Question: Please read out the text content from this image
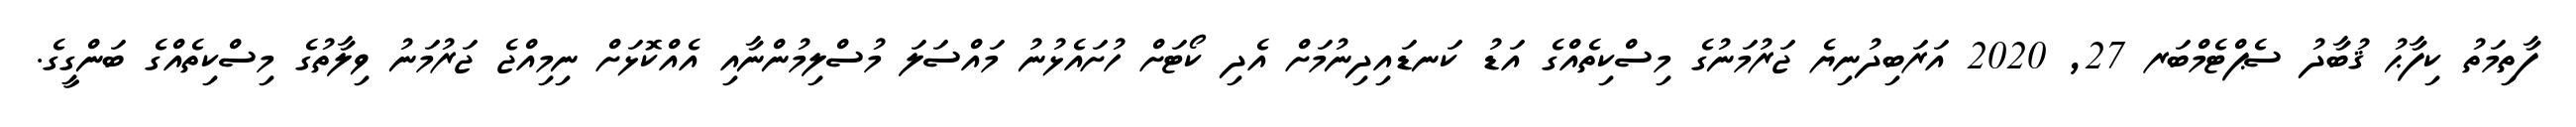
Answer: ފާތިމަތު ކިފާޙު ޤުބާދު ސެޕްޓެމްބަރ 27, 2020 އަރަބިދުނިޔެ ޖަރުމަނުގެ މިސްކިތެއްގެ އަޑު ކަނޑައިދިނުމަށް އެދި ކޯޓަށް ހުށައެޅުނު މައްސަލަ މުސްލިމުންނާއި އެއްކޮޅަށް ނިމިއްޖެ ޖަރުމަނު ވިލާތުގެ މިސްކިތެއްގެ ބަންގީގެ.